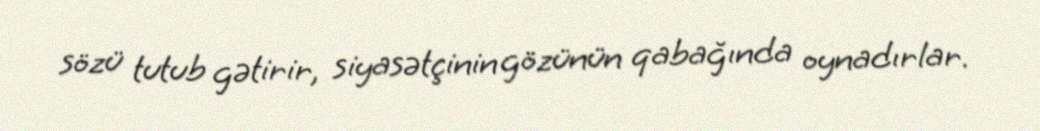
sözü tutub gətirir, siyasətçinin gözünün qabağında oynadırlar.